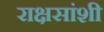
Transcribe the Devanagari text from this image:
राक्षसांशी